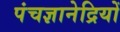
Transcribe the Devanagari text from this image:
पंचज्ञानेद्रियों